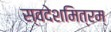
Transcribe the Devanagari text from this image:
स्वदेशमित्रम्